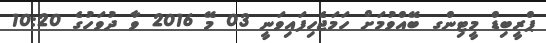
ޕްރީބިޑް މީޓިންގ ބޭއްވުމަށް ހަމަޖެހިފައިވަނީ 03 މޭ 2016 ވާ ދުވަހުގެ 10:20